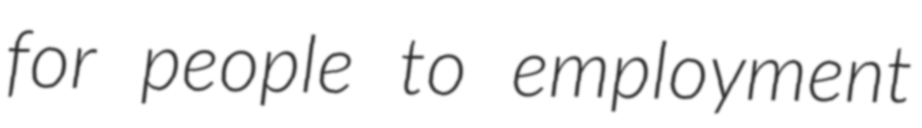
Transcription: for people to employment